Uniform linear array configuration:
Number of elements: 16
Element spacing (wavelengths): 0.25
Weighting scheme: cosine
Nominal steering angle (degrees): -30
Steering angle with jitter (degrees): -31.513
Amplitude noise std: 0.05
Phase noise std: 0.05

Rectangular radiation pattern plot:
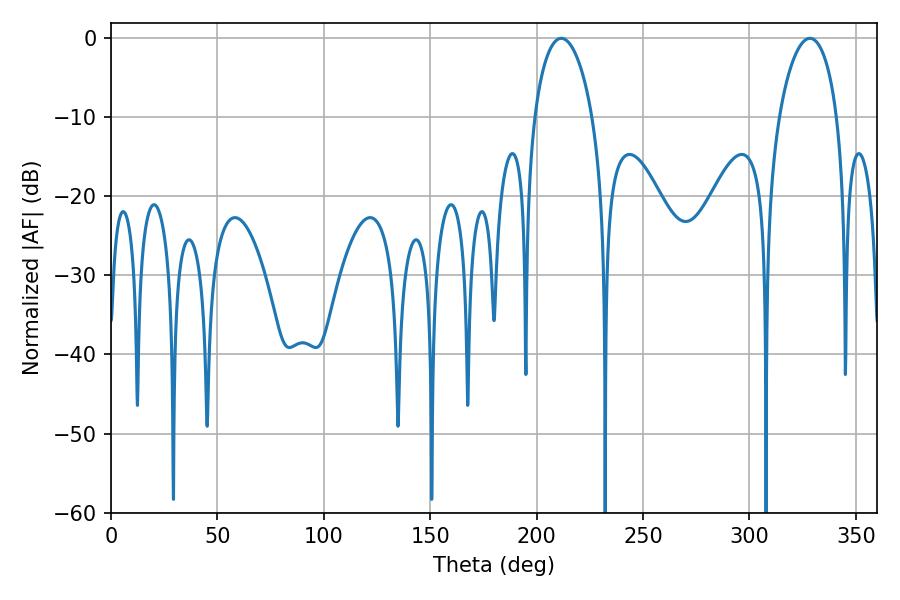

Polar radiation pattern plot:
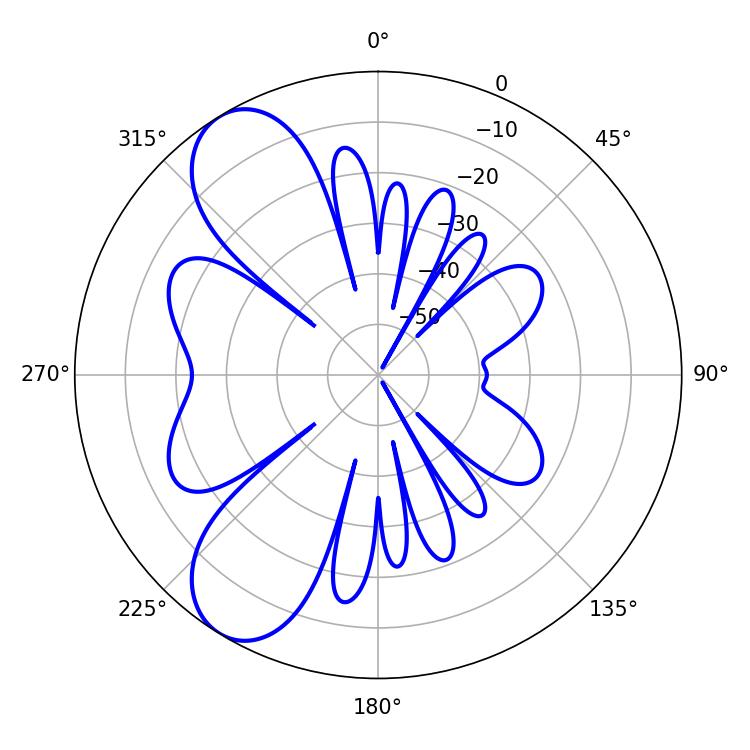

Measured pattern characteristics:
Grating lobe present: FALSE
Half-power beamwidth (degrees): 15.66
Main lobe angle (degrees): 211.5